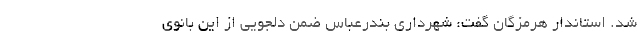
شد. استاندار هرمزگان گفت: شهرداری بندرعباس ضمن دلجویی از این بانوی